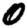
Digit: 0